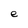
Character: e